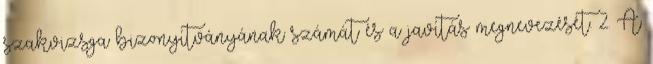
szakvizsga bizonyítványának számát és a javítás megnevezését. 2. A